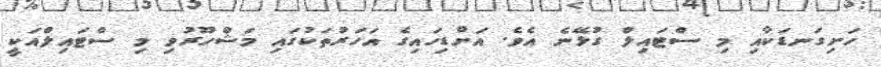
ހަށިގަނޑަކާއި މި ސްޓައިލް ގުޅޭނެ އެވެ. އަށްޑިހައިގެ އަހަރުތަކުގައި މަޝްހޫރުވި މި ސްޓައިލްއަކީ